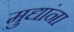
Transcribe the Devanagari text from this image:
मुद्यांना